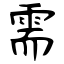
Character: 需